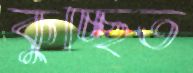
কুচ্ছিত